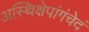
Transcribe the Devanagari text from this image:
अस्थिक्षेपांगंचेदं